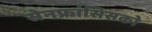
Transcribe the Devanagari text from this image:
सेनफ्रांसिसको